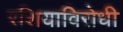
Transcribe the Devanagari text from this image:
रशियाविरोधी